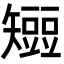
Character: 𥐍